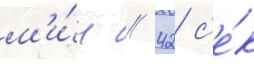
м'и́н // 42 с'е́к